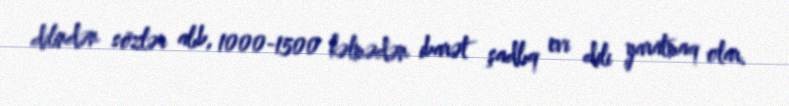
dilindən sözlər alıb, 1000-1500 kəlmədən ibarət şadlıq evi dili yaratmaq olar.